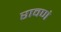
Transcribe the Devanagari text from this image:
रावणं